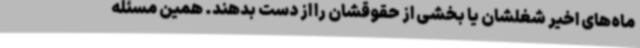
ماه‌های اخیر شغلشان یا بخشی از حقوقشان را از دست بدهند. همین مسئله